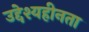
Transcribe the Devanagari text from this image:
उद्देश्यहीनता